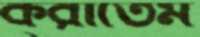
করাতেম